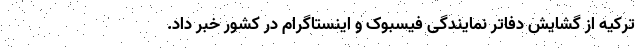
ترکیه از گشایش دفاتر نمایندگی فیسبوک و اینستاگرام در کشور خبر داد.